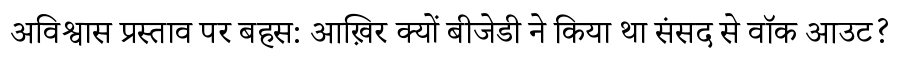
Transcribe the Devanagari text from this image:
अविश्वास प्रस्ताव पर बहस: आख़िर क्यों बीजेडी ने किया था संसद से वॉक आउट?